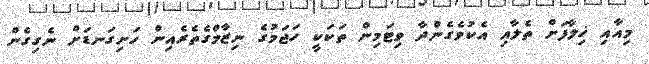
މިއާއި ޚިލާފަށް ތެލާއި އެކުވެގެންދާ ވިޓަމިން ތަކަކީ ހަޖަމުގެ ނިޒާމްގެތެރެއިން ހަށިގަނޑަށް ނެގިގެން